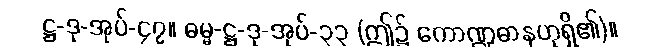
ဋ္ဌ-ဒု-အုပ်-၄၇။ ဓမ္မ-ဋ္ဌ-ဒု-အုပ်-၃၃ (ဤ၌ ကောဏ္ဍဓာနဟုရှိ၏)။